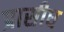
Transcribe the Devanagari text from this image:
प्रासीध